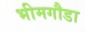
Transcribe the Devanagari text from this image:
भीमगौडा